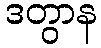
ဒတွာန